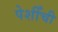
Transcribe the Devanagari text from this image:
पेशीँची